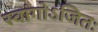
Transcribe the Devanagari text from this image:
स्वांगोऽजितः